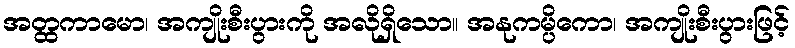
အတ္ထကာမော၊ အကျိုးစီးပွားကို အလိုရှိသော။ အနုကမ္ပိကော၊ အကျိုးစီးပွားဖြင့်